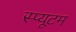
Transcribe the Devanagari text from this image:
स्प्यूटम